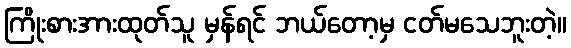
ကြိုးစားအားထုတ်သူ မှန်ရင် ဘယ်တော့မှ ငတ်မသေဘူးတဲ့။